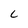
Character: C